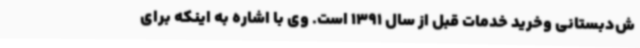
ش‌دبستانی وخرید خدمات قبل از سال 1391 است. وی با اشاره به اینکه برای